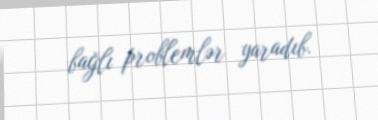
bağlı problemlər yaradıb.